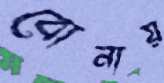
বোনায়